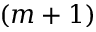
( m + 1 )